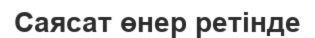
Саясат өнер ретінде